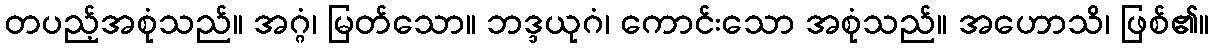
တပည့်အစုံသည်။ အဂ္ဂံ၊ မြတ်သော။ ဘဒ္ဒယုဂံ၊ ကောင်းသော အစုံသည်။ အဟောသိ၊ ဖြစ်၏။